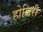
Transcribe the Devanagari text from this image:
होजिरी